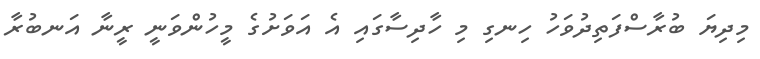
މިދިޔަ ބުރާސްފަތިދުވަހު ހިނގި މި ހާދިސާގައި އެ އަވަށުގެ މީހުންވަނީ ރީނާ އަނބުރާ